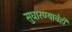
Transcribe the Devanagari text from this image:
सुधारण्याचेही